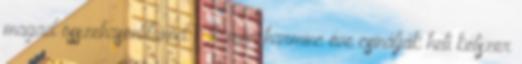
magad összehasonlítanod Ők már harminc éve csinálják heti kétszer